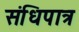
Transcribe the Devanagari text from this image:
संधिपात्र